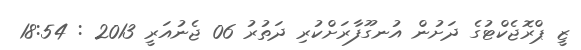
ޒީ ޕްރޮޖެކްޓުގެ ދަށުން އުނގޫފާރަށްކުރި ދަތުރު 06 ޖެނުއަރީ 2013 : 18:54